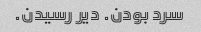
سرد بودن. دیر رسیدن.